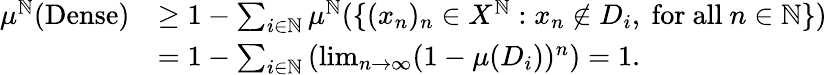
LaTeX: \begin{array}{rl}{\mu^{\mathbb{N}}(\mathrm{Dense})}&{\geq 1-\sum_{i\in\mathbb{N}}\mu^{\mathbb{N}}(\{ (x_{n})_{n}\in X^{\mathbb{N}}:x_{n}\not\in D_{i},\mathrm{~for~all~}n\in\mathbb{N}\} )}\\ &{=1-\sum_{i\in\mathbb{N}}\left(\operatorname*{lim}_{n\to\infty}(1-\mu(D_{i}))^{n}\right)=1.}\end{array}